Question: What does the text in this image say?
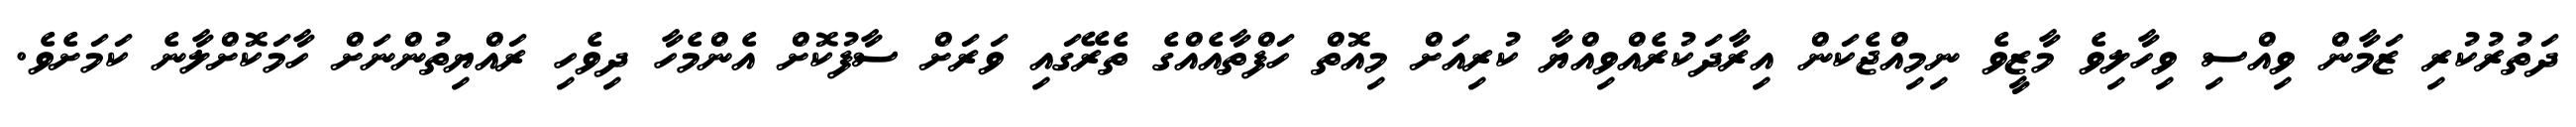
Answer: ދަތުރުކުރި ޒަމާން ވިއްސި ވިހާލިވެ މާޒީވެ ނިމިއްޖެކަން އިރާދަކުރެއްވިއްޔާ ކުރިއަށް މިއޮތް ހަފްތާއެއްގެ ތެރޭގައި ވަރަށް ސާފުކޮށް އެންމެހާ ދިވެހި ރައްޔިތުންނަށް ހާމަކޮށްލާނެ ކަމަށެވެ.